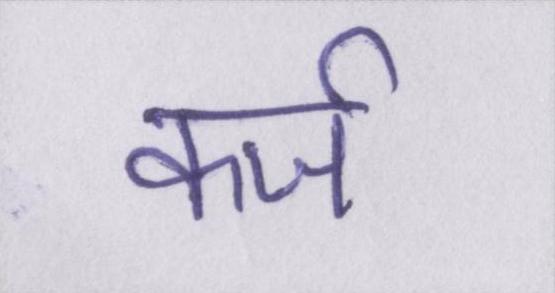
कर्ज